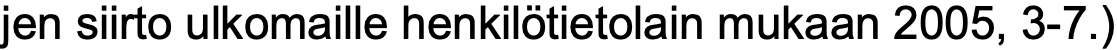
jen siirto ulkomaille henkilötietolain mukaan 2005, 3-7.)